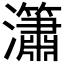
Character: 𤄙